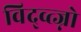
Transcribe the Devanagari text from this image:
विद्व्त्ज्नो